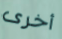
أخرى